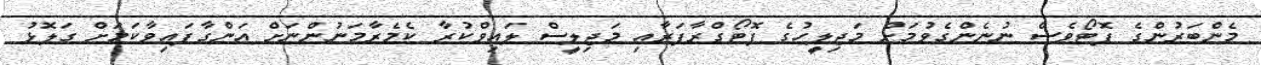
މެންބަރުންގެ ފޮޓޯވެސް ނުނެންގެވުމަށް މަޖިލީހުގެ ފޮޓޯގްރާފަރާއި މަޖިލީސް ލައިވްކުރާ ކެމެރާމަނުންނަށް އަންގާފައިވާކަމަށް ގަލޮޅު